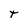
Character: t